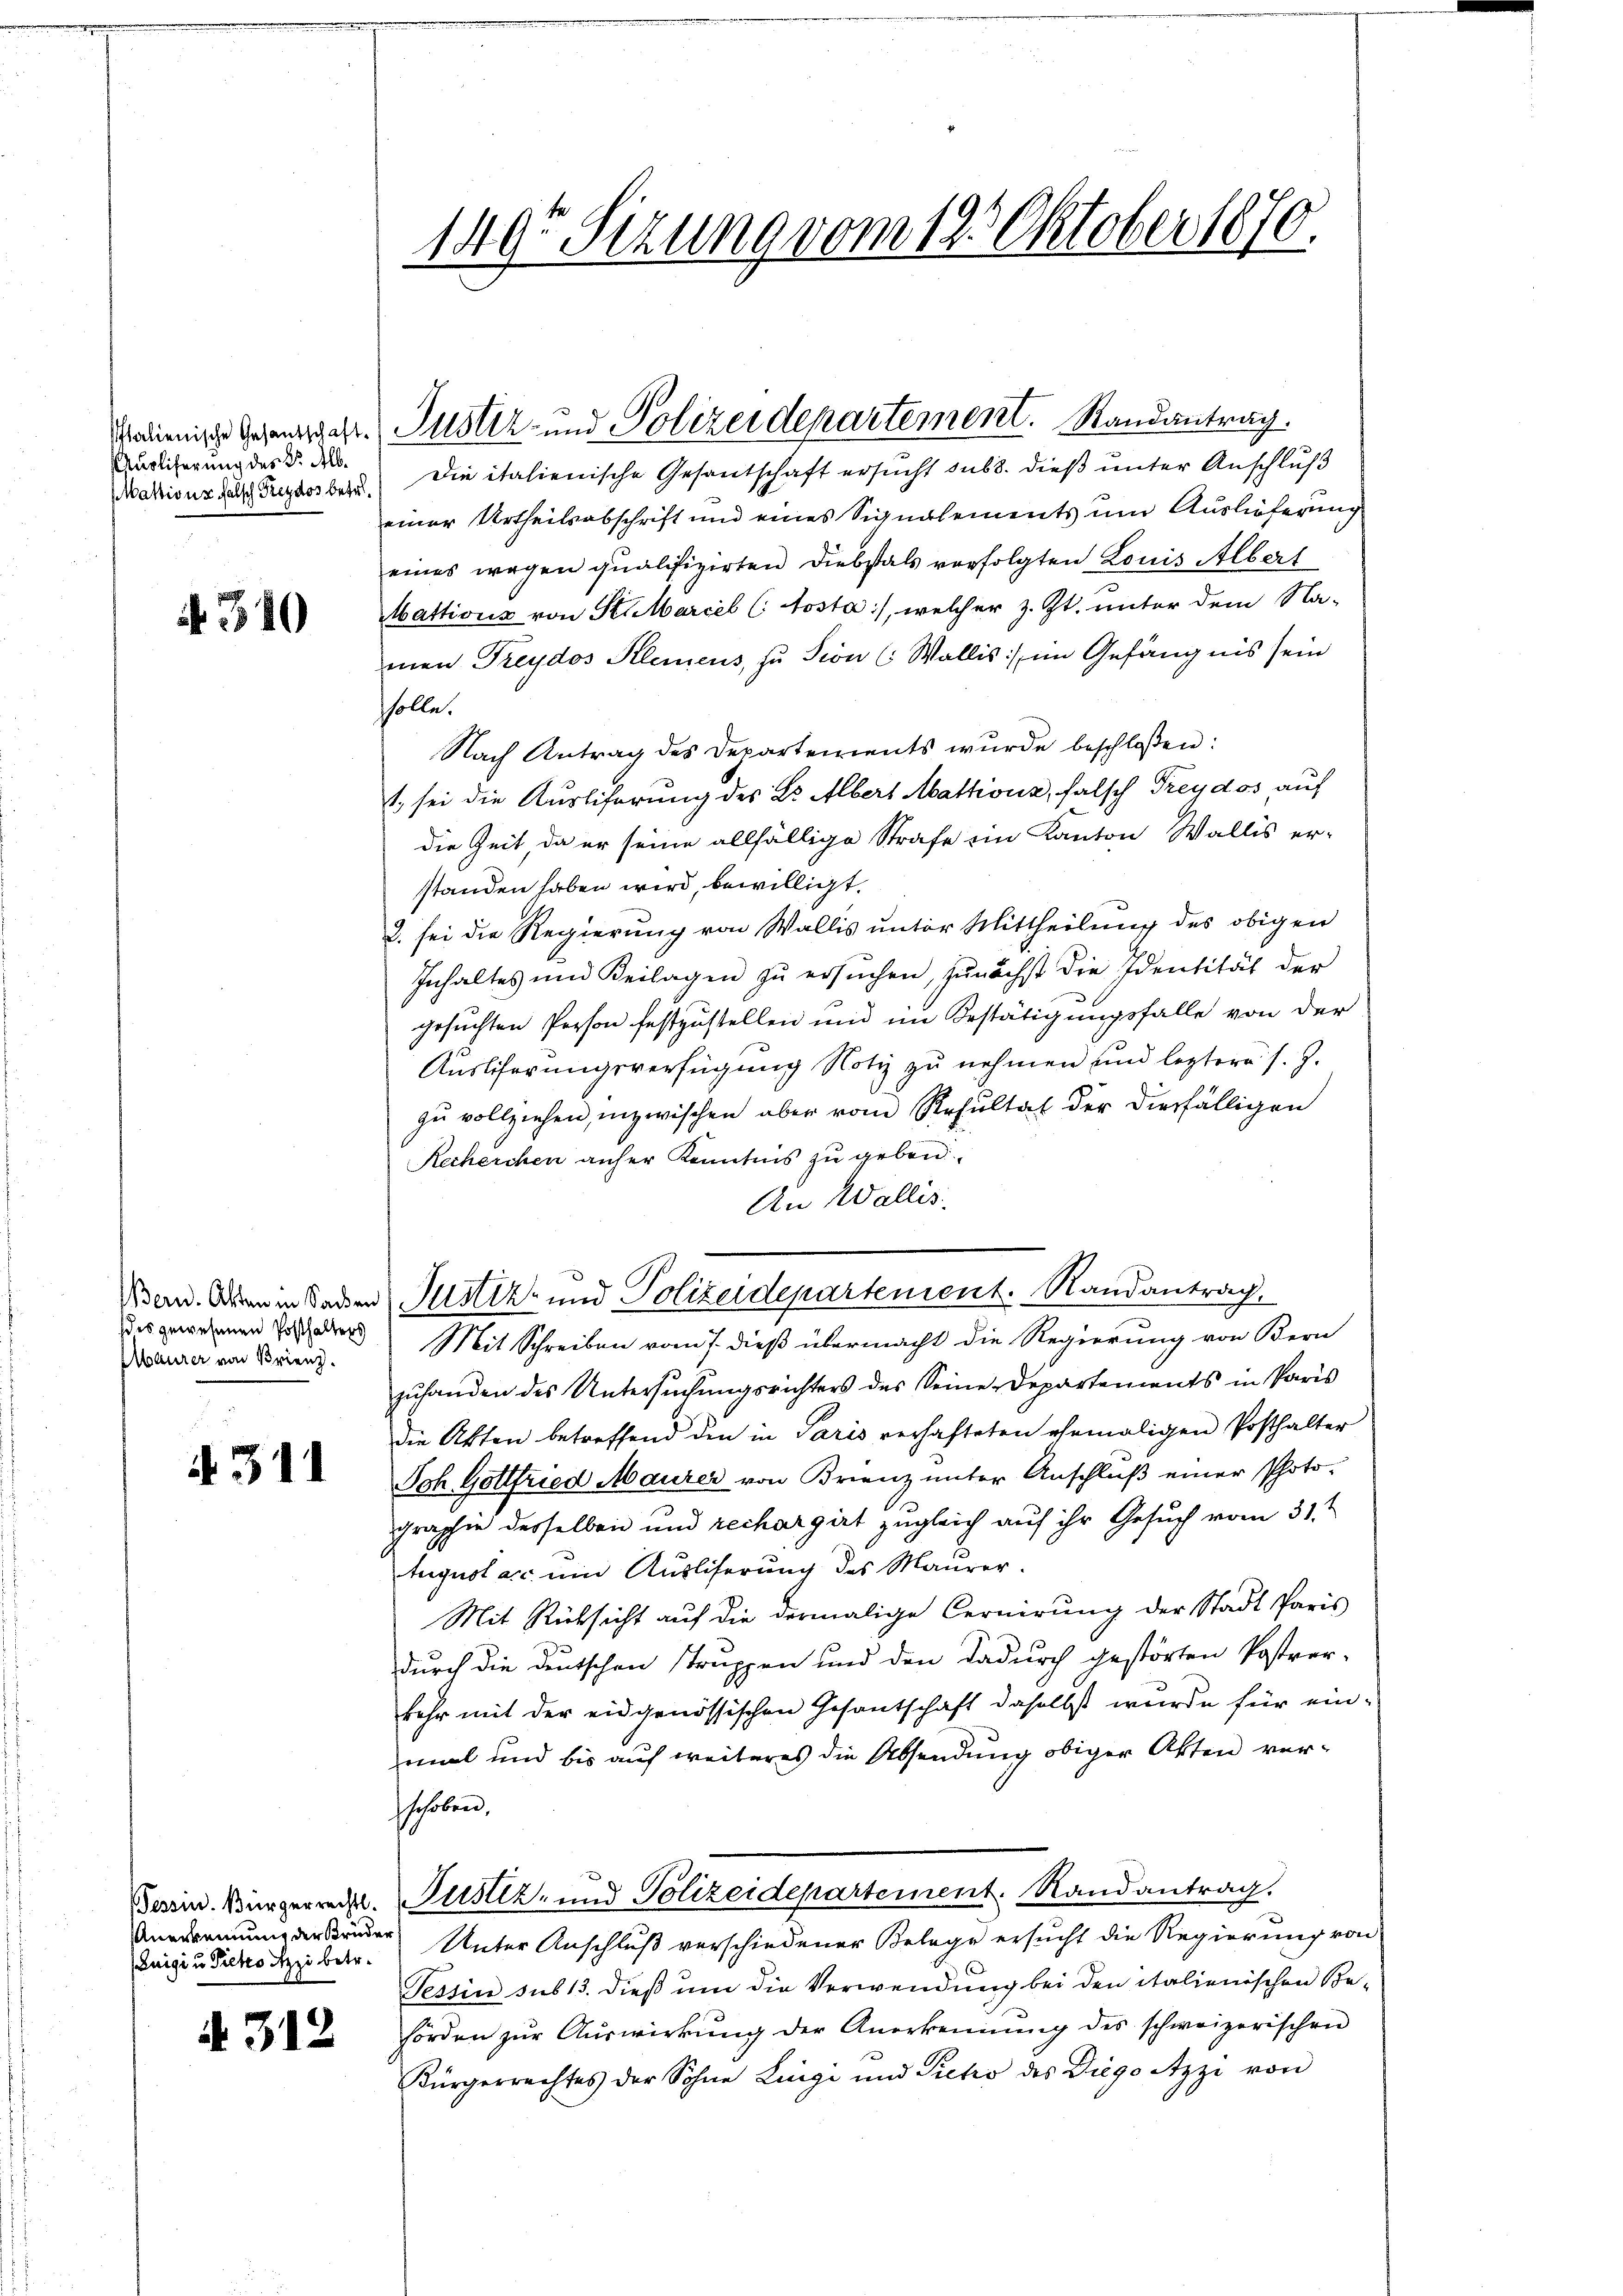
Italienische Gesandschaft.
Auslieferung des K. Alb.
Maktions falsch Freydos befel¬

N 310

Bern. Akten in Sachen
des gewesenen Posthalters
MMaurer von Brienz.

311

Luigi u Picko Szzi betr.

A 312

149t Sezung vom 19. Oktober 1870.

Die italienische Gesantschaft ersucht sub. dieß unter Anschluß
einer Urtheilsabschrift und eines Signalements um Auslieferung
eines wegen qualifizirten Diebstals verfolgten Louis Albert
Mattions von Starcel (Aosta, welcher z. Zt. unter dem Na-
men Freydos Kleinens, zu Sion ( Wallis:/ im Gefängnis sein
solle.
Nach Antrag des Departements wurde beschloßen:
t. sei die Auslicherung des Dr. Albers Mathions, falsch Freydos auf
die Zeit, da er seine allfällige Strafe ein Kanton Wallis er-
standen haben wird, bewilligt.
2. sei die Regierung von Wallis unter Mittheilung des obigen
Inhaltes und Beilagen zŭ ersŭchen, zunächst die Identität der
gesuchten Person festzustellen und im Bestätigungsfalle von der
Ausliferungsverfügung Notiz zu nehmen und leztere s. Z.
zu vollziehen, inzwischen aber vom Resultat der diesfälligen
Recherchen anher Kenntnis zu geben
An Wallis.
Mit Schreiben vom 7. dieß übermacht die Regierung von Bern
zuhanden des Untersuchungsrichters des Seine Departements in Paris
die Akten betreffend den in Paris verhafteten ehemaligen Posthalter
Joh. Gottfried Maurer von Krienz unter Anschluß einer Photographie desselben und rechargirt zugleich auf ihr Gesuch vom 31.
August acc. ein Ausliserung des Maurer.
Mit Rücksicht auf die dermalige Cernirung der Stadt Paris
durch die Deutschen struppen und den dadurch gestörten Postver-
kehr mit der eidgenössischen Gesantschaft daselbst wurde für einimal und bis auf weiteres die Absendung obiger Akten verschoben.
Bessin. Bürgerrecht. Justiz- und Polizeidepartement. Randantrag.
Anerkennung der Bruder Unter Anschluß verschiedener Belege ersucht die Regierung von
Tessin sub 13. dieß um die Verwendung bei den italienischen Be-
hörden zur Auswirkung der Anerkennung des schweizerischen
Bürgerrechtes der Sohne Lingi und Pieto des Diego Atzzi von

Justiz- und Polizeidepartement. Randantrag.

u Justiz- und Polizeidepartement. Randantrag.